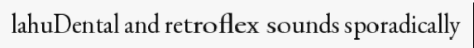
lahuDental and retroflex sounds sporadically